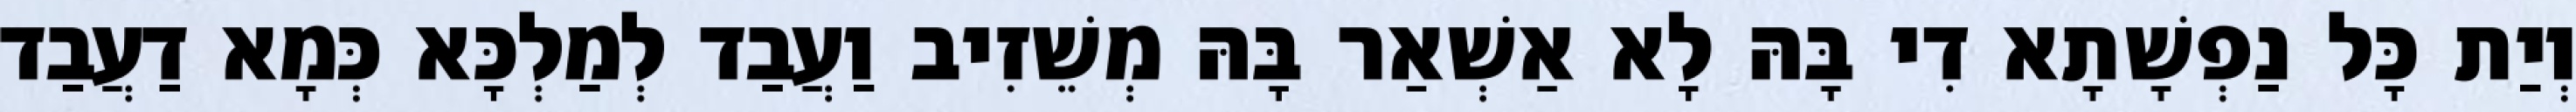
וְיַת כָּל נַפְשָׁתָא דִי בָּהּ לָא אַשְׁאַר בָּהּ מְשֵׁזִיב וַעֲבַד לְמַלְכָּא כְּמָא דַעֲבַד